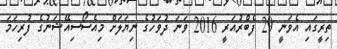
ތިރީގައި އެވަނީ 29 ފެބްރުއަރީ 2016 ވަނަ ދުވަހުގެ ނިޔަލަށް މިއެސޯސިއޭޝަނުގެ ފުރިހަމަ